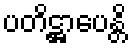
ပတိဋ္ဌာပေန္တိ